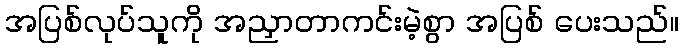
အပြစ်လုပ်သူကို အညှာတာကင်းမဲ့စွာ အပြစ် ပေးသည်။